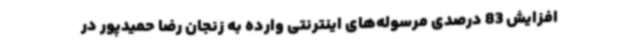
افزایش 83 درصدی مرسوله‌های اینترنتی وارده به زنجان رضا حمیدپور در